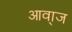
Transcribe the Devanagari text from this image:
आवा्ज